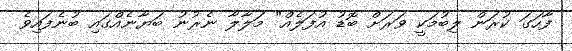
ފާހަގަ ކުރަން ލިބުމަކީ ވަރަށް ބޮޑު އުފަލެއް" މަލާލާ ނެރުނު ބަޔާނެއްގައި ބުނެފައިވެ